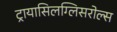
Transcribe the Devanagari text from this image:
ट्रायासिलग्लिसरोल्स